system: You are a helpful assistant.
user:
Analyze the provided spectrum to determine if it is a **"Cataclysmic Variables (CV)"**.

- **Key Indicators for CV (Check for either state):**
    - **State 1: Quiescent / Low-State (Emission-Dominated)**
        - **(Primary):** Strong and *very broad* Hydrogen Balmer emission lines (e.g., $H\alpha$ at 6563 Å, $H\beta$ at 4861 Å). The 'broadness' (high velocity dispersion, often FWHM > 1000 km/s) is the key diagnostic, indicating a high-velocity accretion disk.
        - **(Secondary):** Broad neutral Helium (He I) emission lines (e.g., 5876 Å, 6678 Å).
        - **(Key Confirmation):** Presence of high-excitation *ionized* Helium (He II) emission at 4686 Å. This is a strong indicator of accretion onto a white dwarf.
        - **(Line Profile):** Emission lines may exhibit a 'double-peaked' profile, which is a classic signature of a rotating accretion disk viewed at high inclination.

    - **State 2: Outburst / High-State (Absorption-Dominated)**
        - **(Primary):** Spectrum is dominated by a bright, blue continuum (looks like a hot star).
        - **(Secondary):** The emission lines from State 1 are weak, absent, or 'filled in', and are replaced by broad, shallow *absorption* lines (primarily Balmer and He I).
        - **(Morphology):** The overall spectrum mimics a hot B/A-type star. The crucial difference is that the absorption lines are significantly broader, shallower, and more 'washed-out' (or 'smeared') than the sharp lines of a normal stellar photosphere, due to high rotational speeds and pressure broadening in the disk.

Think first, call **spectral_visualization_tool** if needed to examine features in detail, then provide your final answer. Your response must adhere to the following strict rules:
1.  **Overall Structure:** Your response must follow the format `<think>...</think> <tool_call>...</tool_call> (if a tool is used) <answer>...</answer>`.
2.  **Tool Usage Constraint:** You may only make **one** tool call per turn.
3.  **Final Answer Format:** In the `<answer>` tag, your conclusion must be inside a `\boxed{}` command (e.g., `\boxed{YES}`), followed by your justification.

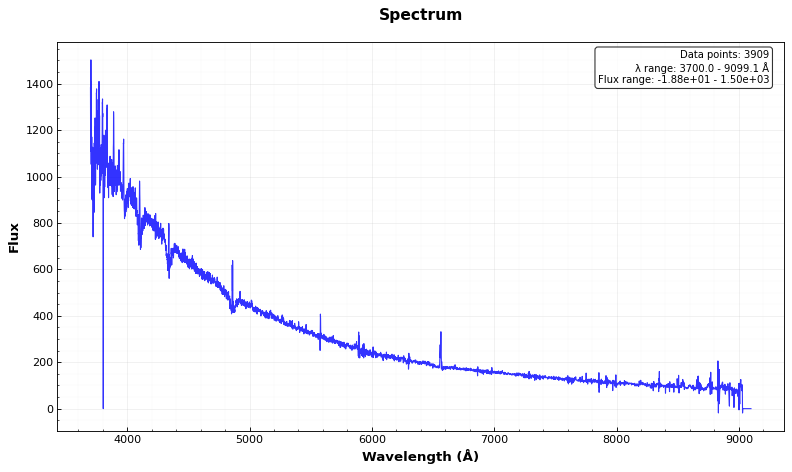
Answer: YES